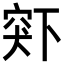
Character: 𬔋